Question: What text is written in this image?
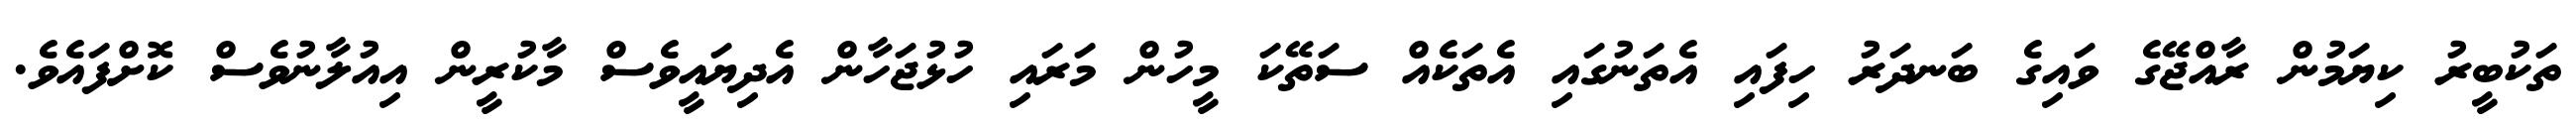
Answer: ތަކުބީރު ކިޔަމުން ރާއްޖޭގެ ވައިގެ ބަނދަރު ހިފައި އެތަނުގައި އެތަކެއް ސަތޭކަ މީހުން މަރައި ހުޅުޖަހާން އެދިޔައީވެސް މާކުރީން އިއުލާނުވެސް ކޮށްފައެވެ.